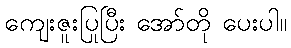
ကျေးဇူးပြုပြီး အော်တို ပေးပါ။